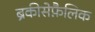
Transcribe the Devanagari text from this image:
ब्रैकीसेफ़ैलिक